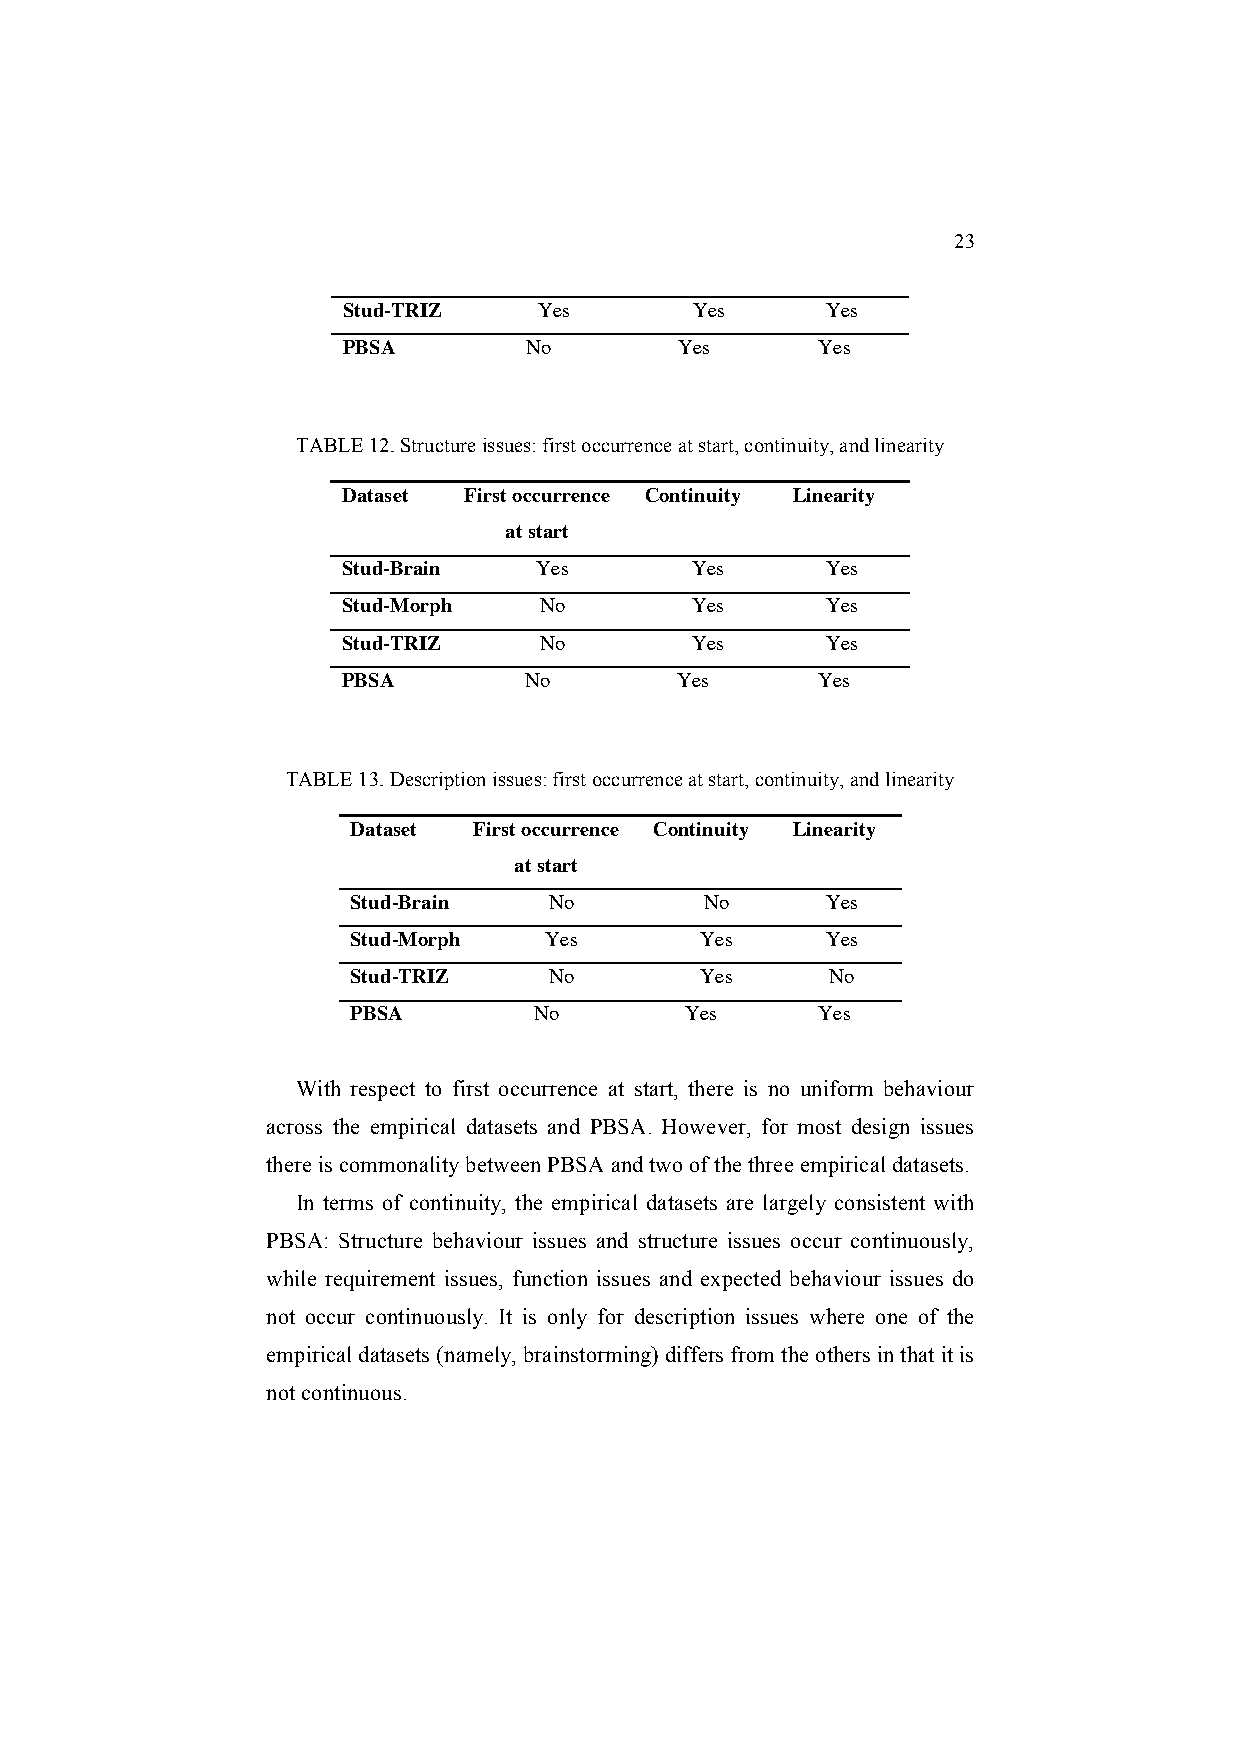
23
 Stud-TRIZ    Yes       Yes      Yes
 PBSA        No        Yes      Yes
 TABLE 12. Structure issues: first occurrence at start, continuity, and linearity
 Dataset First occurrence Continuity Linearity
 at start
 Stud-Brain  Yes        Yes      Yes
 Stud-Morph   No        Yes      Yes
 Stud-TRIZ    No        Yes      Yes
 PBSA        No        Yes      Yes
 TABLE 13. Description issues: first occurrence at start, continuity, and linearity
 Dataset First occurrence Continuity Linearity
 at start
 Stud-Brain   No         No      Yes
 Stud-Morph   Yes       Yes      Yes
 Stud-TRIZ    No        Yes      No
 PBSA        No        Yes      Yes
 With respect to first occurrence at start, there is no uniform behaviour
 across the empirical datasets and PBSA. However, for most design issues
 there is commonality between PBSA and two of the three empirical datasets.
 In terms of continuity, the empirical datasets are largely consistent with
 PBSA: Structure behaviour issues and structure issues occur continuously,
 while requirement issues, function issues and expected behaviour issues do
 not occur continuously. It is only for description issues where one of the
 empirical datasets (namely, brainstorming) differs from the others in that it is
 not continuous.